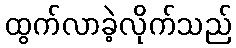
ထွက်လာခဲ့လိုက်သည်